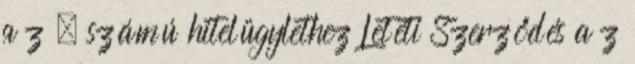
a z . számú hitelügylethez Letéti Szerződés a z